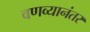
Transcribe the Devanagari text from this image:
वणव्यानंतर